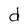
Character: d